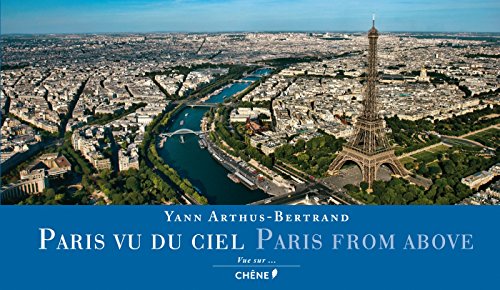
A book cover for Paris From Above (Chene Yann A.B.) (English and French Edition); Yann Arthus-Bertrand; Arts & Photography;